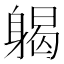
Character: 𨉪